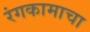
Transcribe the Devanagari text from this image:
रंगकामाचा